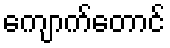
ကျောက်တောင်